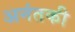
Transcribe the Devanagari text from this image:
अनंतकी